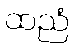
ထညံ